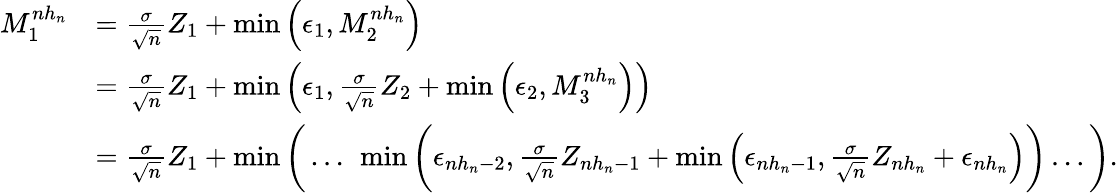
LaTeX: \begin{array}{rl}{M_{1}^{nh_{n}}}&{=\frac{\sigma}{\sqrt{n}}Z_{1}+\operatorname*{min}\Big(\epsilon_{1},M_{2}^{nh_{n}}\Big)}\\ &{=\frac{\sigma}{\sqrt{n}}Z_{1}+\operatorname*{min}\Big(\epsilon_{1},\frac{\sigma}{\sqrt{n}}Z_{2}+\operatorname*{min}\Big(\epsilon_{2},M_{3}^{nh_{n}}\Big)\Big)}\\ &{=\frac{\sigma}{\sqrt{n}}Z_{1}+\operatorname*{min}\bigg(\ldots~\operatorname*{min}\bigg(\epsilon_{nh_{n}-2},\frac{\sigma}{\sqrt{n}}Z_{nh_{n}-1}+\operatorname*{min}\Big(\epsilon_{nh_{n}-1},\frac{\sigma}{\sqrt{n}}Z_{nh_{n}}+\epsilon_{nh_{n}}\Big)\bigg)\ldots\bigg).}\end{array}